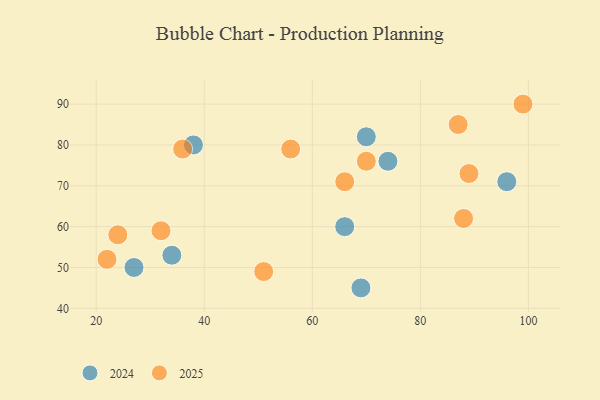
{"axis": {"x": "GDP", "y": "Life Expectancy"}, "legend": ["2024", "2025"], "data": [{"x": "32", "y": 59, "type": "2025"}, {"x": "66", "y": 71, "type": "2025"}, {"x": "99", "y": 90, "type": "2025"}, {"x": "36", "y": 79, "type": "2025"}, {"x": "24", "y": 58, "type": "2025"}, {"x": "51", "y": 49, "type": "2025"}, {"x": "70", "y": 76, "type": "2025"}, {"x": "56", "y": 79, "type": "2025"}, {"x": "89", "y": 73, "type": "2025"}, {"x": "22", "y": 52, "type": "2025"}, {"x": "87", "y": 85, "type": "2025"}, {"x": "88", "y": 62, "type": "2025"}, {"x": "69", "y": 45, "type": "2024"}, {"x": "38", "y": 80, "type": "2024"}, {"x": "74", "y": 76, "type": "2024"}, {"x": "70", "y": 82, "type": "2024"}, {"x": "34", "y": 53, "type": "2024"}, {"x": "27", "y": 50, "type": "2024"}, {"x": "96", "y": 71, "type": "2024"}, {"x": "66", "y": 60, "type": "2024"}]}